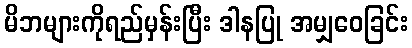
မိဘများကိုရည်မှန်းပြီး ဒါနပြု အမျှဝေခြင်း